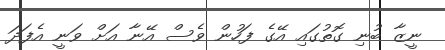
ނީޒާ ބުނި ގޮތުގައި އޭގެ ފަހުން ވެސް އޭނާ އަށް ވަނީ އެފަދަ